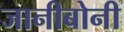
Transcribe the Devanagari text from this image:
जानीबोनी